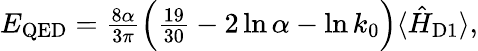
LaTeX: \begin{array}{r}{E_{\mathrm{QED}}=\frac{8\alpha}{3\pi}\Big(\frac{19}{30}-2\ln\alpha-\ln k_{0}\Big)\langle\hat{H}_{\mathrm{D1}}\rangle,}\end{array}